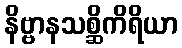
နိဗ္ဗာနသစ္ဆိကိရိယာ